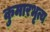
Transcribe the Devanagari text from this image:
कुमारभृत्य